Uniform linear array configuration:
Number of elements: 16
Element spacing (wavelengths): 1
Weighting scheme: binomial
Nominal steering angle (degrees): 30
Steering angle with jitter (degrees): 28.568
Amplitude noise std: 0.05
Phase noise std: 0.05

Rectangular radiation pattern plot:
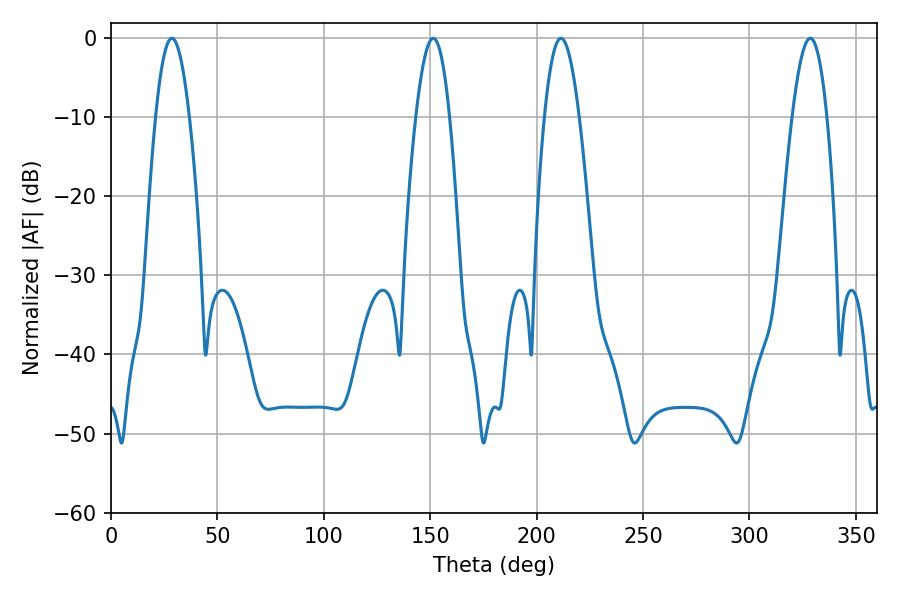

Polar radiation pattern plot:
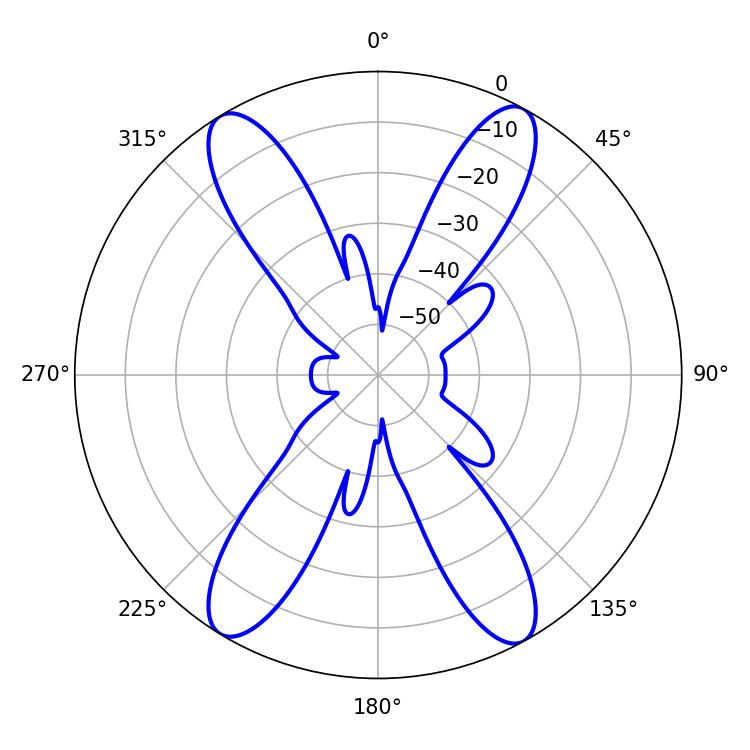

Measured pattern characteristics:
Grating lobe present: TRUE
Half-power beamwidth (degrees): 8.64
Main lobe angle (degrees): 151.38